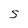
Character: 5